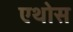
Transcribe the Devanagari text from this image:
एथोस